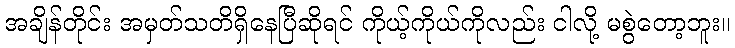
အချိန်တိုင်း အမှတ်သတိရှိနေပြီဆိုရင် ကိုယ့်ကိုယ်ကိုလည်း ငါလို့ မစွဲတော့ဘူး။